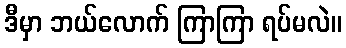
ဒီမှာ ဘယ်လောက် ကြာကြာ ရပ်မလဲ။